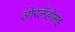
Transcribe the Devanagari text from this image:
ओरलँडोसह